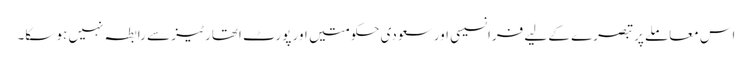
اس معاملے پر تبصرے کے لیے فرانسیسی اور سعودی حکومتیں اور پورٹ اتھارٹیز سے رابطہ نہیں ہو سکا۔